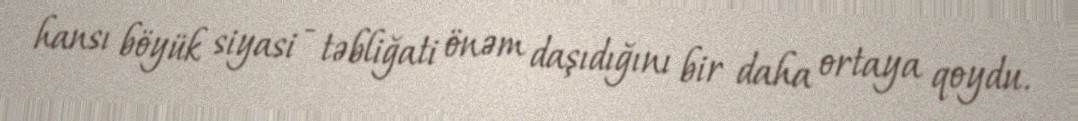
hansı böyük siyasi - təbliğati önəm daşıdığını bir daha ortaya qoydu.